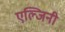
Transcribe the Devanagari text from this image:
एल्जिनी